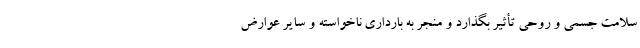
سلامت جسمی و روحی تأثیر بگذارد و منجر به بارداری ناخواسته و سایر عوارض